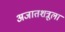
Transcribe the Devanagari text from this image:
अजातशत्रूला